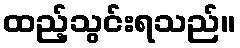
ထည့်သွင်းရသည်။